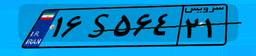
۵۱S۶۷۳۴۳